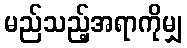
မည်သည့်အရာကိုမျှ